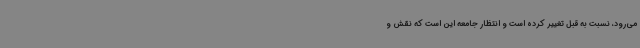
می‌رود، نسبت به قبل تغییر کرده است و انتظار جامعه این است که نقش و